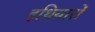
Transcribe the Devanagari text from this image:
हथियारोँ